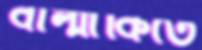
বাল্মীকিতে